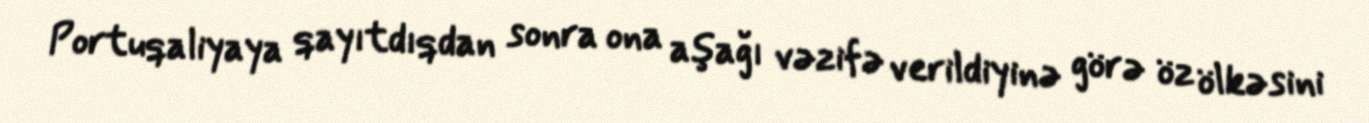
Portuqaliyaya qayıtdıqdan sonra ona aşağı vəzifə verildiyinə görə öz ölkəsini